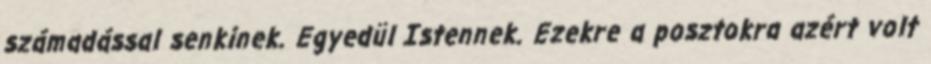
számadással senkinek. Egyedül Istennek. Ezekre a posztokra azért volt